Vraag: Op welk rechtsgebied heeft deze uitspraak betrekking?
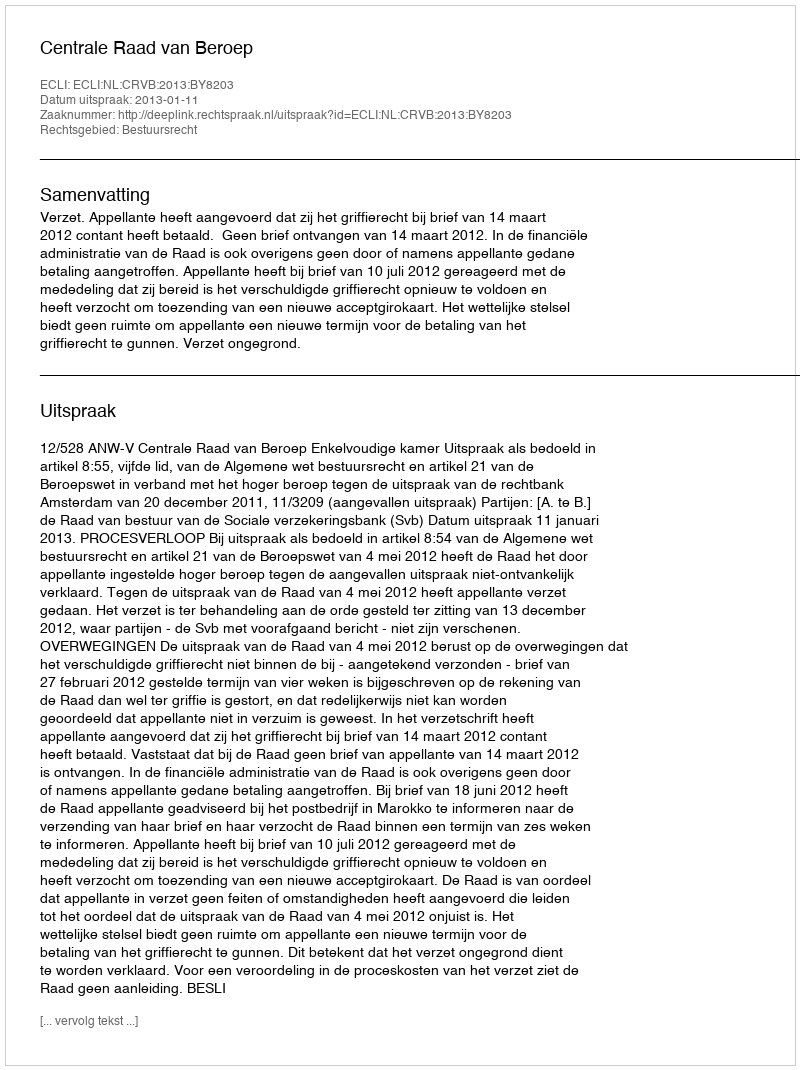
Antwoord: Bestuursrecht